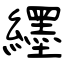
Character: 纆